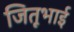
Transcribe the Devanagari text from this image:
जितूभाई